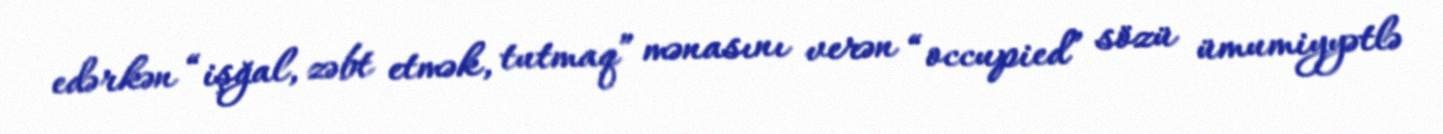
edərkən “işğal, zəbt etmək, tutmaq” mənasını verən “occupied” sözü ümumiyyətlə